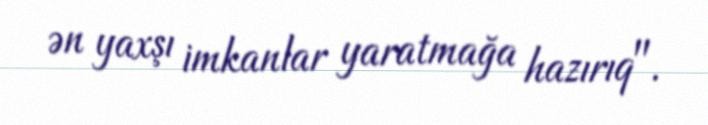
ən yaxşı imkanlar yaratmağa hazırıq".